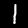
Digit: 1